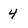
Character: 4